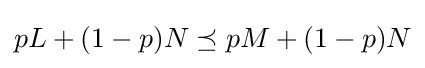
pL+(1-p)N\preceq pM+(1-p)N